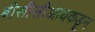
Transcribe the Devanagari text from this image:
बीसीसीआयकडून